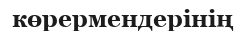
көрермендерінің